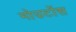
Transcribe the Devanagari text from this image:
मोउटोंस